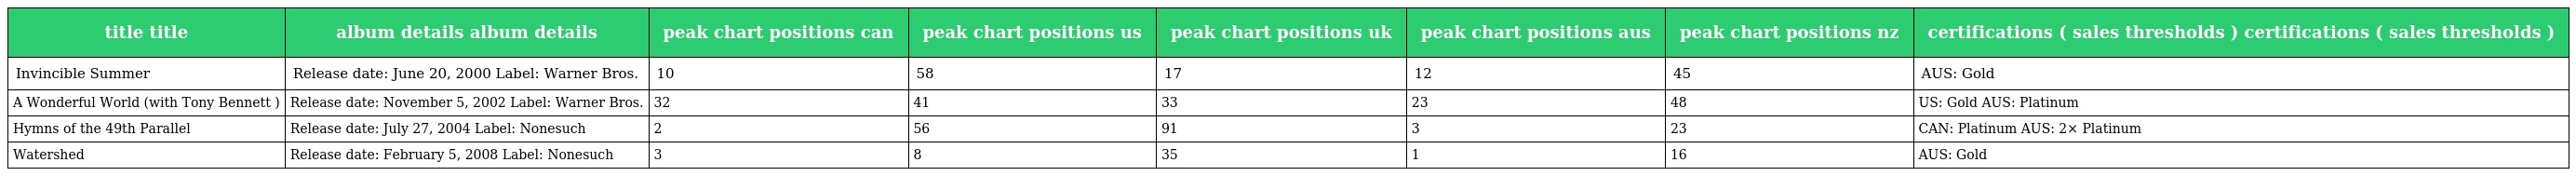
| title title | album details album details | peak chart positions can | peak chart positions us | peak chart positions uk | peak chart positions aus | peak chart positions nz | certifications ( sales thresholds ) certifications ( sales thresholds ) |
 | --- | --- | --- | --- | --- | --- | --- | --- |
 | Invincible Summer | Release date: June 20, 2000 Label: Warner Bros. | 10 | 58 | 17 | 12 | 45 | AUS: Gold |
 | A Wonderful World (with Tony Bennett ) | Release date: November 5, 2002 Label: Warner Bros. | 32 | 41 | 33 | 23 | 48 | US: Gold AUS: Platinum |
 | Hymns of the 49th Parallel | Release date: July 27, 2004 Label: Nonesuch | 2 | 56 | 91 | 3 | 23 | CAN: Platinum AUS: 2× Platinum |
 | Watershed | Release date: February 5, 2008 Label: Nonesuch | 3 | 8 | 35 | 1 | 16 | AUS: Gold |